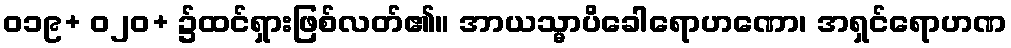
ဝ၁၉+ ဝ၂၀+ ၌ထင်ရှားဖြစ်လတ်၏။ အာယသ္မာပိခေါရောဟဏော၊ အရှင်ရောဟဏ